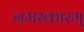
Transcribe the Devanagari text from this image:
नमस्कारम्